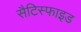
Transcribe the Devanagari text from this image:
सैटिस्फाइड